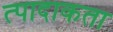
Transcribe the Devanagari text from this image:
त्पादाकता